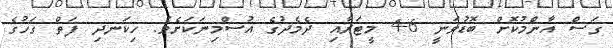
ގަސް އާންމުކޮށް ބޮޑުވަނީ 6-4 މީޓަރާއި ދެމެދުގެ އުސްމިނަކަށެވެ. ހިކަނދި ފަތް ގަހުގެ